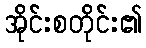
အိုင်းစတိုင်း၏